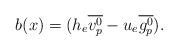
LaTeX: \begin{align*}b(x)=(h_e\overline{v^0_p}-u_e\overline{g^0_p}).\end{align*}